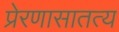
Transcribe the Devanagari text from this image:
प्रेरणासातत्य